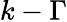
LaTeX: k-\Gamma